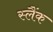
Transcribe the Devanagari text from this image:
स्लैंक